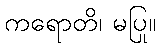
ကရောတိ၊ မပြု။